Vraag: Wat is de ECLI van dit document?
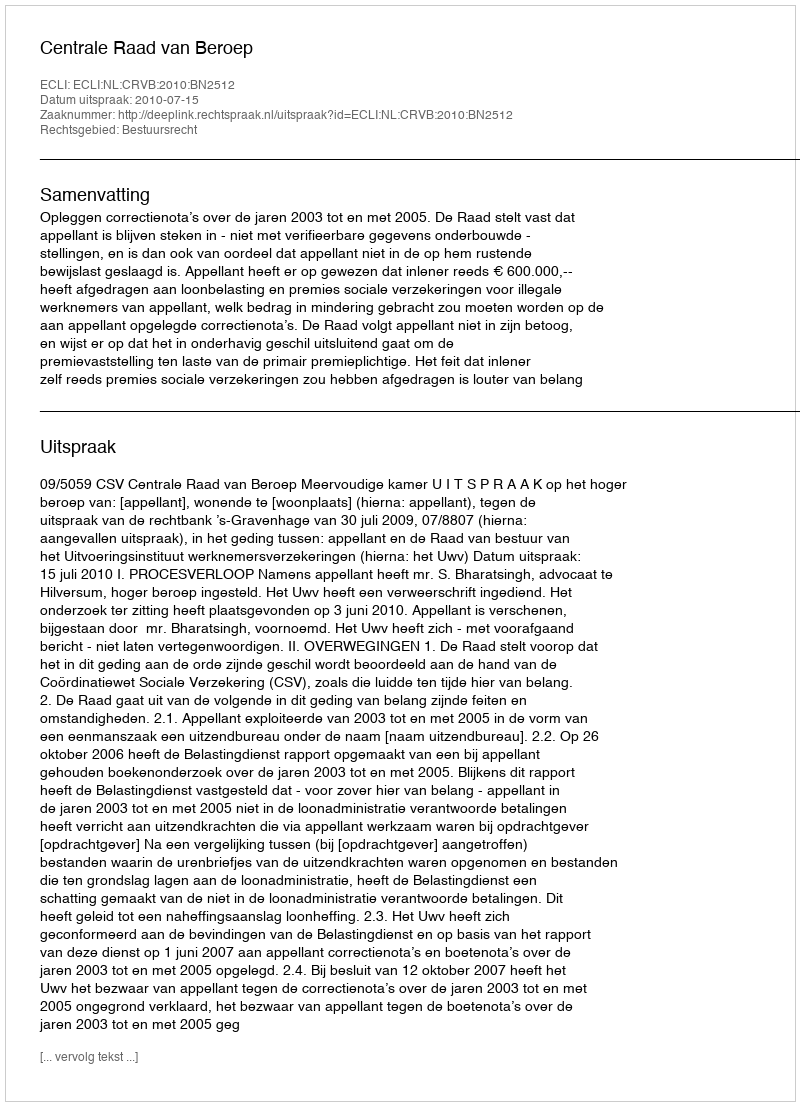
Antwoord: ECLI:NL:CRVB:2010:BN2512